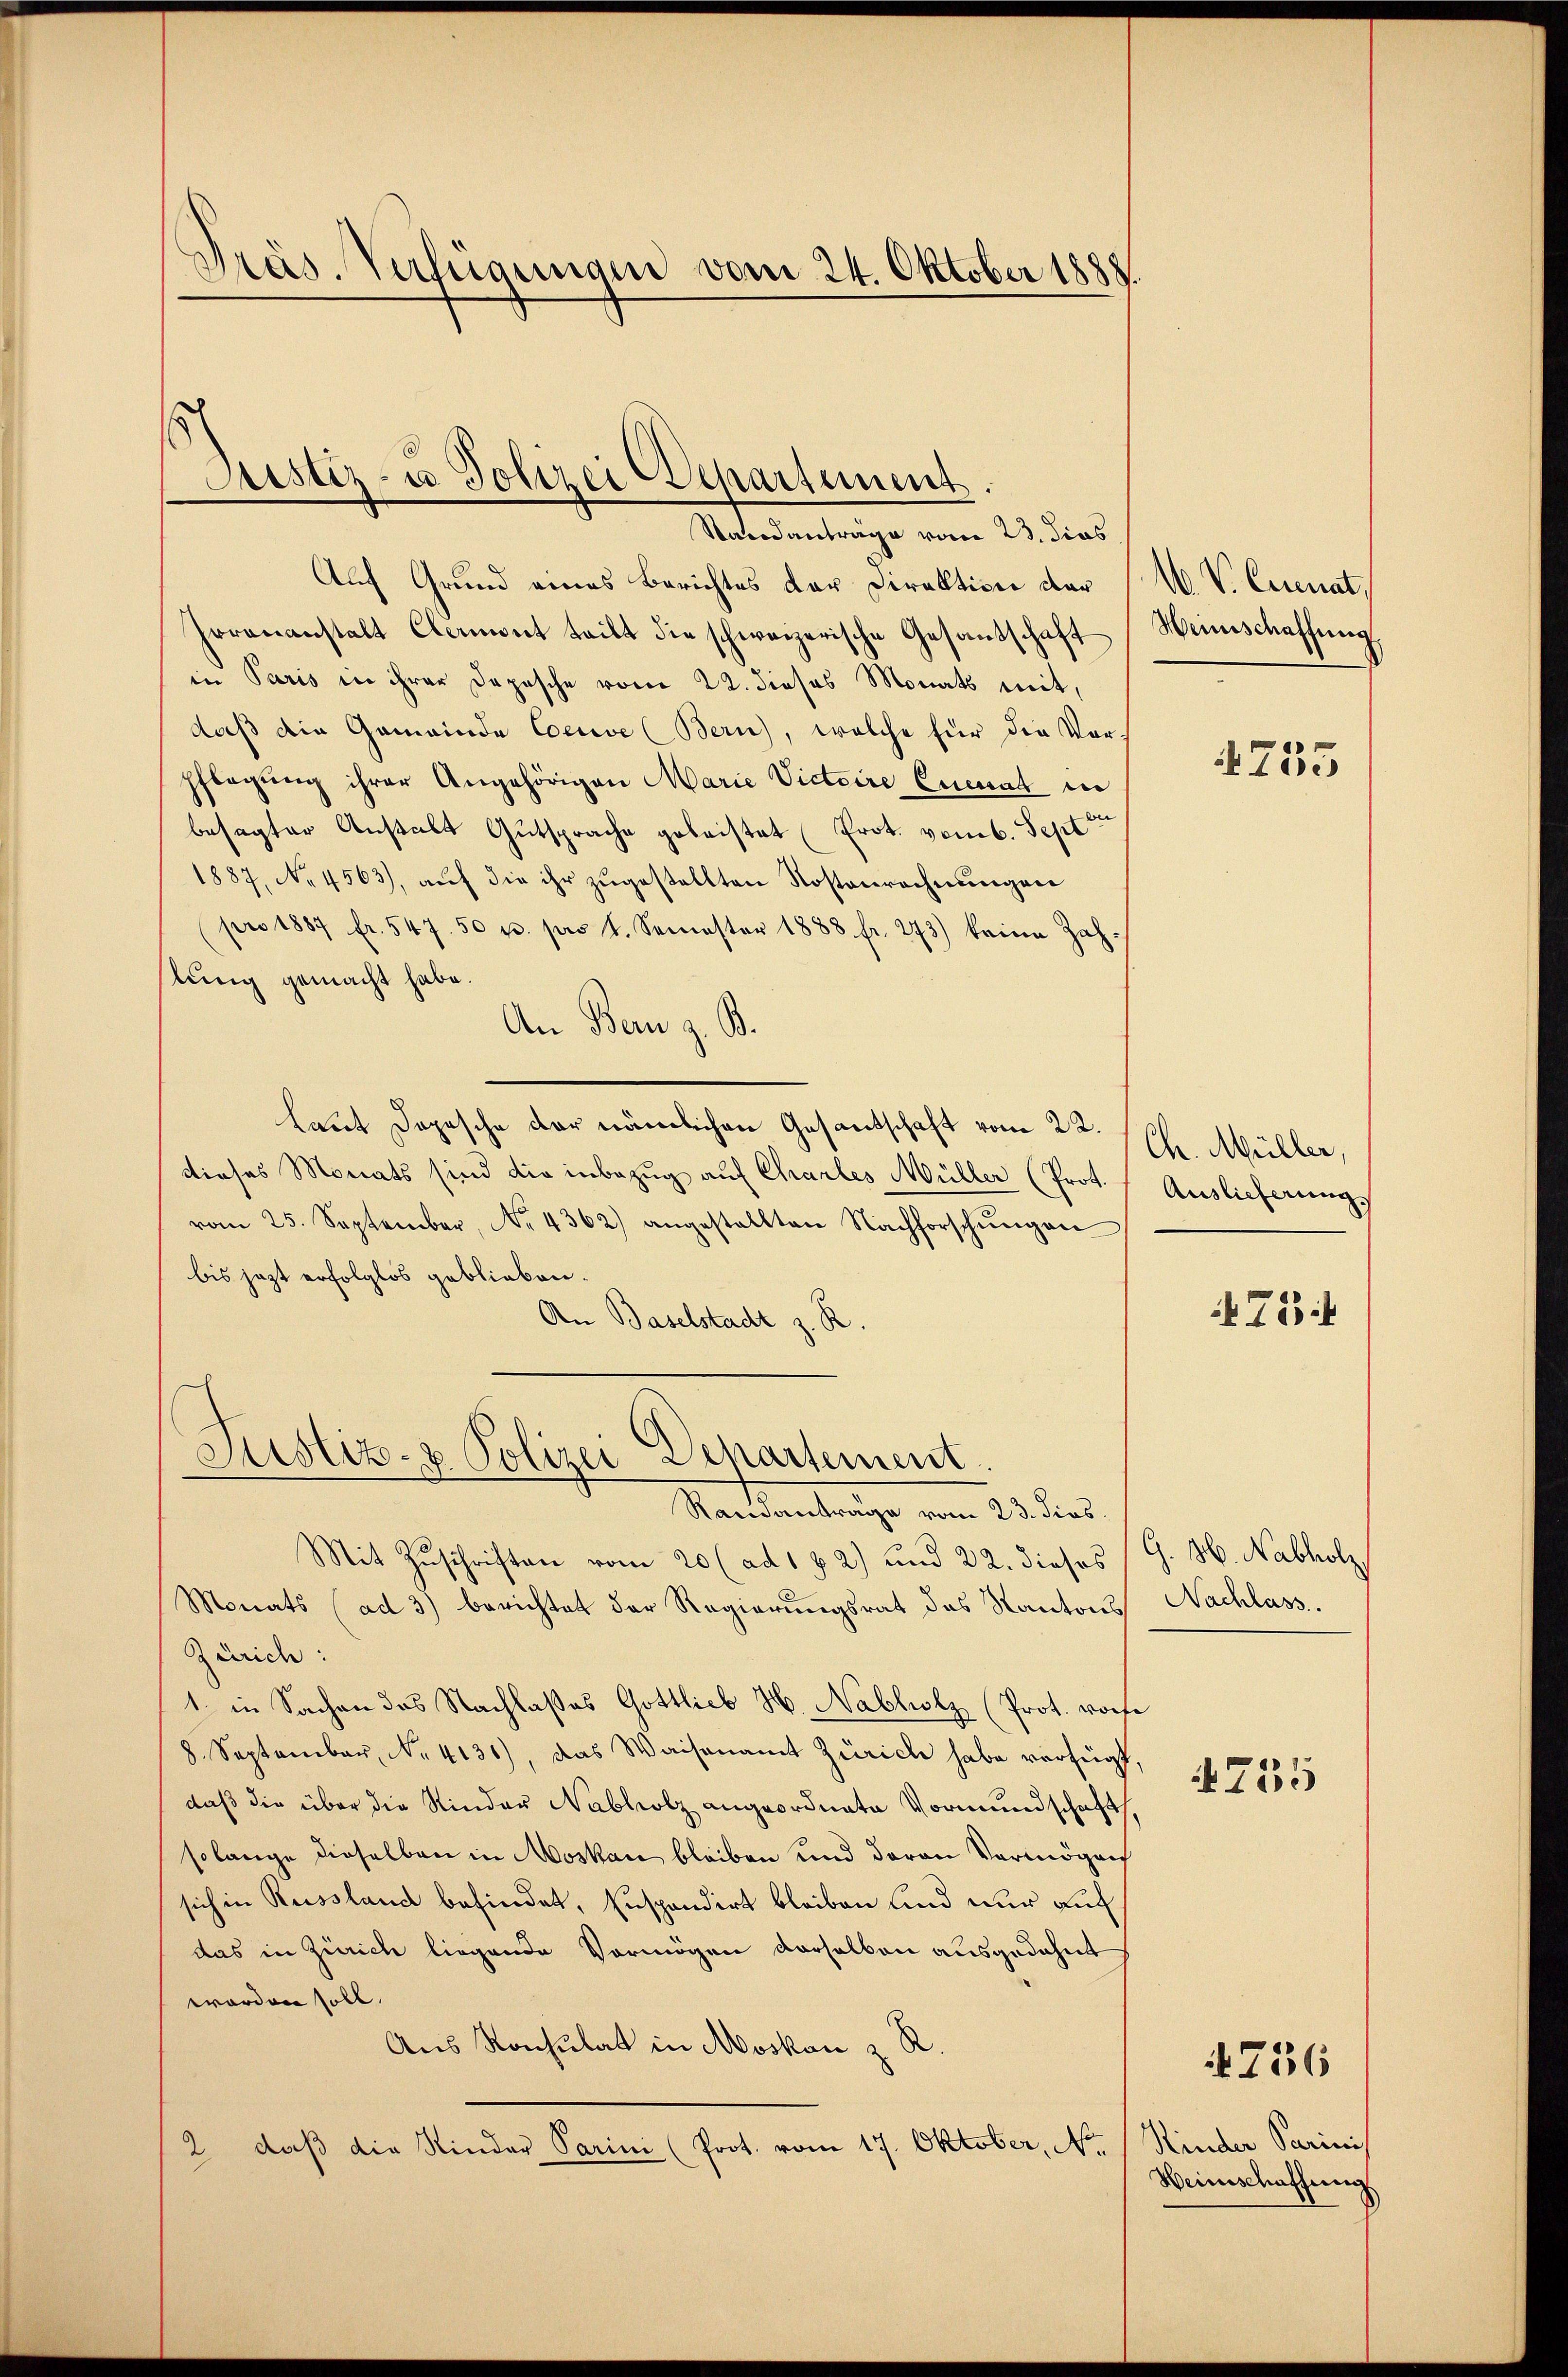
Präs. Verfügungen vom 24. Oktober 1888.

Justiz- & Polizei Departement.
Standanträge vom 23. dies

Auf Grund eines Berichtes der Direktion dar
hrrauanstalt Clamont teilt die schweizerische Gesandschaft
in Paris in ihrer Depesche vom 22. dieses Monats mit,
daß die Gemeinde Coeuve (Bern, welche für die Vorpflegŭng ihrer Angehörigen Marie Victoire Enerrat in
besagter Anstalt Gutsprache geleistet (Prot. vom 6. Sept
1887, No 4563), auf die ihr zugestellten Kostenrechnungen
pro 1887 fr. 547. 50 u. pro 1. Semester 1888. fr. 273) keine Zah-
lung gemacht habe.
An Bern z. B.
Laut Depesche der nämlichen Gesantschaft vom 22.
dieses Monats sind die inbezug auf Charles Müller (Prot.
vom 25. September, No 4362) angestellten Nachforschŭngen
bis jezt erfolglos geblieben.
An Baselstadt z. R.

Justiz- & Polizei Departement
Mardentrage vom 23. das

s

16 V. Cranat,
Heinschaffung
4755

Mit Zuschriften vom 20 (ad 192) und 22. dieses G. H. Nabholz,
Monats (ad 3) berichtet der Regierungsrat des Kantons
Zürich:
1. in Sachen des Nachlaßes Gottlieb H. Nablitz (Prot. worte
8. September, Nr. 4136), das Waisenamt Zürich habe verfügt,
daß die über die Rinder Nabholz angeordnete Vormundschaft,
solange dieselben in Moskau bleiben und daran Vermögen
sich in Reissland befindet, Inspondirt bleiben und nur auf
das in Zürich liegende Vermögen derselben ausgedehnt
worden soll.
Aus Konsulat in Moskau z. R.
2 daß die Kinder Parini (Prot. vom 17. Oktober, No. / Kinder Parinis

Ch. Müller,
Auslieferung

75

Nachlass.

755

736

Weinschaffung